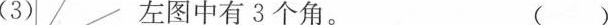
（3）左图中有3个角。 ()